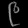
Digit: ၉